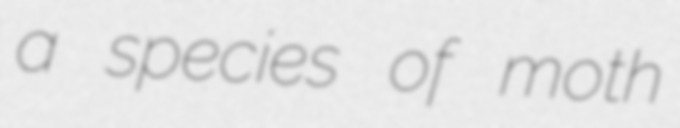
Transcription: a species of moth